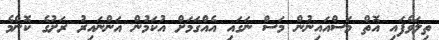
ތިލަވެފައި އޮތް މަސްއައިނުން މަސް ނަގައި އެއްގަމަށް އުކަމުން އަންނައިރު ރަށުގެ ކޮންމެ